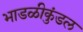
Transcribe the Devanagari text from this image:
भाडळीकुंडल